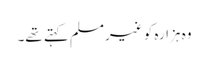
وہ ہزارہ کو غیرمسلم کہتے تھے۔